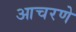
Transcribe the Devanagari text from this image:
आचरणे